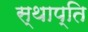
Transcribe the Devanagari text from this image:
स्थाप्ति